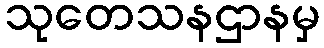
သုတေသနဌာနမှ